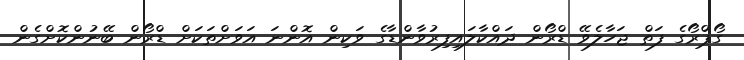
ގޯޕްރޯގެ ފަތް ޖަހާލެވޭ ޑްރޯން ދައްކާލައިފިރުވާންޑާގެ ވަކިން އޮންނަ އަވަށްތަކަށް ޑްރޯން ބޭނުންކޮށްގެން